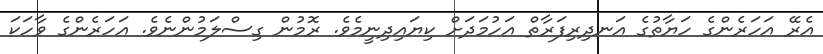
އެރޭ އަހަރެންގެ ހަޔާތުގެ އަނދިރިފަރާތް އަހުމަދަށް ކިޔައިދިނީމެވެ. ރޮމުން ގިސްލަމުންނެވެ. އަހަރެންގެ ވާހަކަ